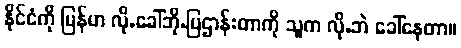
နိုင်ငံကို မြန်မာ လို.ခေါ်ဘို.ပြဌာန်းတာကို သူက လို.ဘဲ ခေါ်နေတာ။